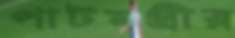
পাটমন্ত্রীর